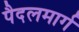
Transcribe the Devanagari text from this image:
पैदलमार्ग